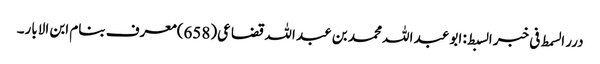
درر السمط فی خبر السبط: ابو عبد اللہ محمد بن عبد اللہ قضاعی(658)معرف بنام ابن الابار۔